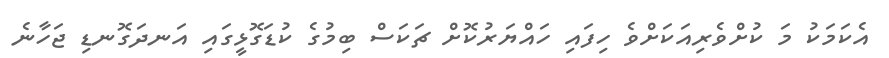
އެކަމަކު މަ ކުށްވެރިއަކަށްވެ ހިފައި ހައްޔަރުކޮށް ޗަކަސް ބިމުގެ ކުޑަގޮޅީގައި އަނދަގޮނޑި ޖަހާނެ